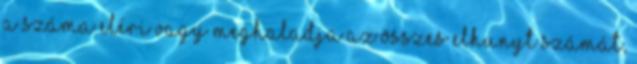
a száma eléri vagy meghaladja az összes elhunyt számát,